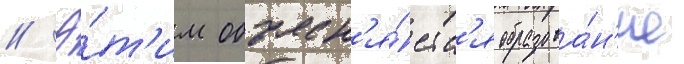
// Э́т'им объясн'я́етс'я образова́н'ие